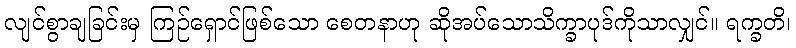
လျင်စွာချခြင်းမှ ကြဉ်ရှောင်ဖြစ်သော စေတနာဟု ဆိုအပ်သောသိက္ခာပုဒ်ကိုသာလျှင်။ ရက္ခတိ၊